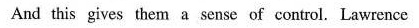
And this gives them a sense of control, Lawrence